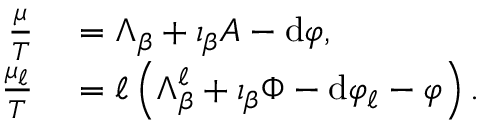
\begin{array} { r l } { \frac { \mu } { T } } & { { } = \Lambda _ { \beta } + \iota _ { \beta } A - \mathrm { d } \varphi , } \\ { \frac { \mu _ { \ell } } { T } } & { { } = \ell \left( \Lambda _ { \beta } ^ { \ell } + \iota _ { \beta } \Phi - \mathrm { d } \varphi _ { \ell } - \varphi \right) . } \end{array}